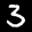
Label: 3